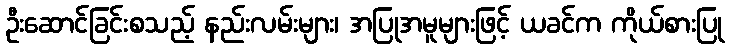
ဦးဆောင်ခြင်းစသည့် နည်းလမ်းများ၊ အပြုအမူများဖြင့် ယခင်က ကိုယ်စားပြု